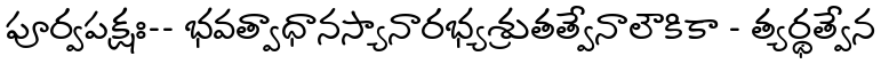
పూర్వపక్షః-- భవత్వాధానస్యానారభ్యశ్రుతత్వేనాలౌకికా - త్యర్థత్వేన